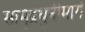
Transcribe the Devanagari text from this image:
सामुद्रधुनीमार्गे